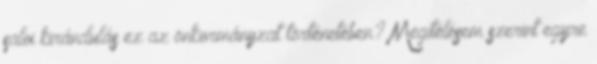
saloi kirándulás ez az önkormányzat történetében? Megítélésem szerint egyre